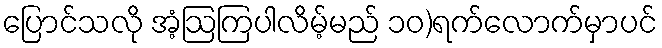
ပြောင်သလို အံ့ဩကြပါလိမ့်မည် ၁၀)ရက်လောက်မှာပင်